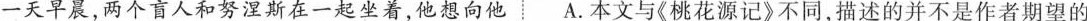
一天早晨，两个盲人和努涅斯在一起坐着，他想向他A.本文与《桃花源记》不同，描述的并不是作者期望的